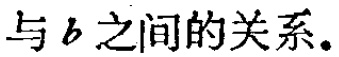
与\(b\)之间的关系。